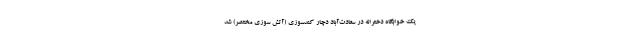
یک خوابگاه دخترانه در سعادت‌آباد دچار کندسوزی (آتش سوزی مختصر) شد